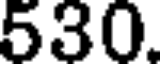
530.